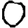
Digit: 0